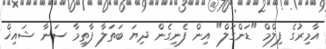
އާމިރުގެ ފިލްމް "ޑަންގަލް" އިން ފެނިގެން ދިޔަ ބަތަލާ ފާތިމާ ސަނާ ޝައިޚް